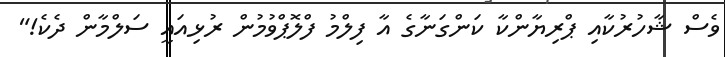
ވެސް ޝާހުރުކާއި ޕްރިޔާންކާ ކަންގަނާގެ އާ ފިލްމު ފްލޮޕްވުމުން ރުޅިއައީ ސަލްމާން ދެކެ!"